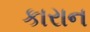
કારાન